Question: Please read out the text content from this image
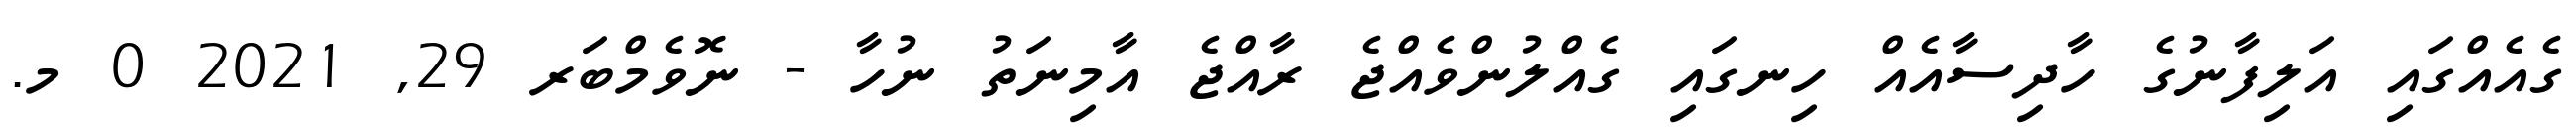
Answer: ގެއެއްގައި އަލިފާނުގެ ހާދިސާއެއް ހިނގައި ގެއްލުންވެއްޖެ ރާއްޖެ އާމިނަތު ނުހާ - ނޮވެމްބަރ 29, 2021 0 މ.